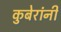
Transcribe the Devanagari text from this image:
कुबेरांनी